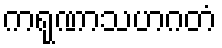
ကရုဏာသဟဂတံ